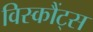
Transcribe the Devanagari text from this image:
विस्कौंट्स